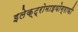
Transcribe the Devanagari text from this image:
इलेक्ट्रोमाइयोग्राफी